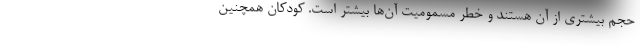
حجم بیشتری از آن هستند و خطر مسمومیت آن‌ها بیشتر است. کودکان همچنین